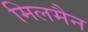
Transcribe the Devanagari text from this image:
मिलमैन